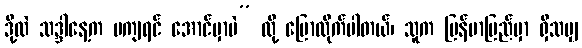
ဒို့လဲ သဒ္ဒါနေ့က မကျရင် အောင်မှာပဲ” လို့ ပြောလိုက်ပါတယ်၊ သူက မြန်မာပြည်မှာ ရှိသမျှ